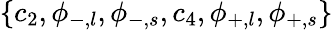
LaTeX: \{ c_{2},\phi_{-,l},\phi_{-,s},c_{4},\phi_{+,l},\phi_{+,s}\}